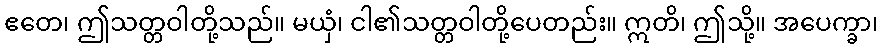
ဧတေ၊ ဤသတ္တဝါတို့သည်။ မယှံ၊ ငါ၏သတ္တဝါတို့ပေတည်း။ ဣတိ၊ ဤသို့။ အပေက္ခာ၊